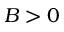
B > 0